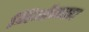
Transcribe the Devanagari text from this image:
जिओनवाद